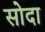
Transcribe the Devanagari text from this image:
सोदा